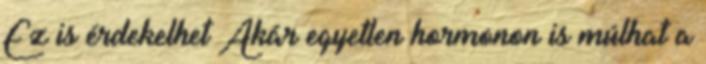
Ez is érdekelhet Akár egyetlen hormonon is múlhat a